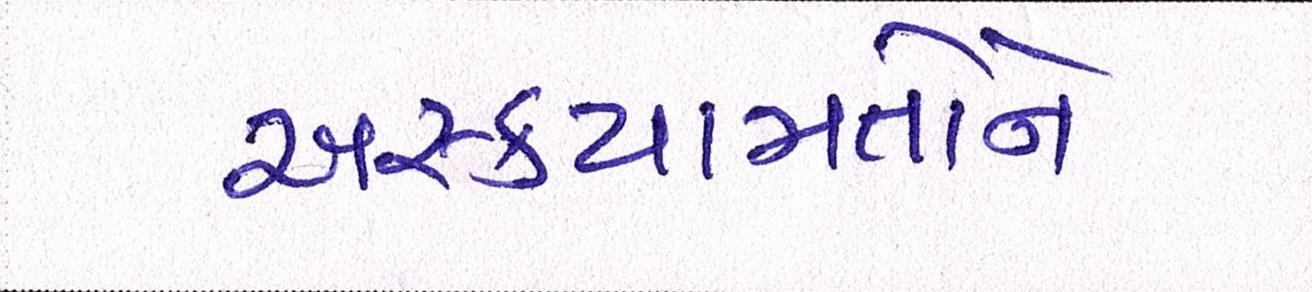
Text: અસ્કયામતોને